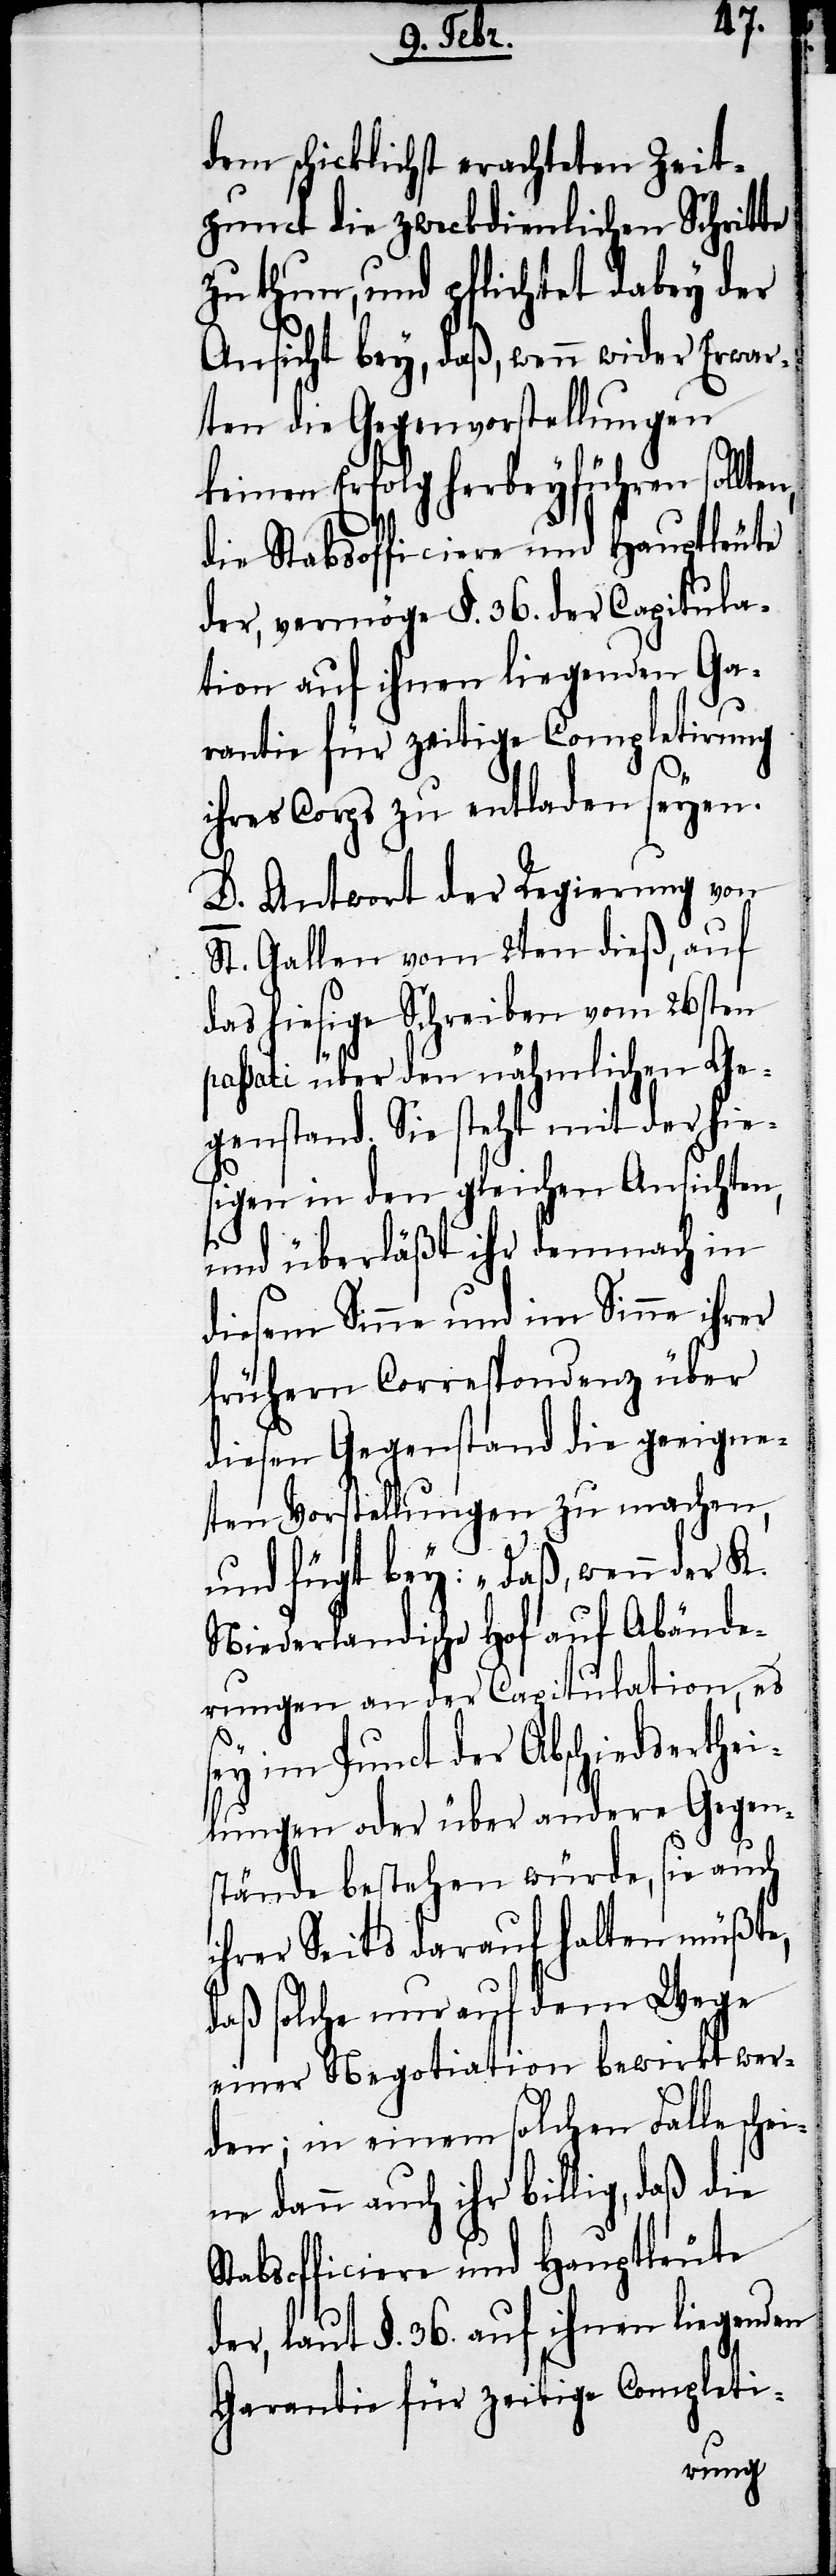
en,
dem schicklichst erachteten Zeit¬
punct die zweckdienlichen Schritte
zu thun, und pflichtet dabey der
Ansicht bey, daß, wenn wider Erwar¬
ten die Gegenvorstellungen
keinen Erfolg herbeyführen sollt¬
die Stabsofficiere und Hauptleute
der, vermöge §. 36. der Capitula¬
tion auf ihnen liegenden Ga¬
rantie für zeitige Completirung
ihrer Corps zu entladen seyen.
D. Antwort der Regierung von
St. Gallen vom 2ten dieß, auf
das hiesige Schreiben vom 26sten
passati über den nähmlichen Ge¬
genstand. Sie steht mit der hie¬
sigen in den gleichen Ansichten,
und überläßt ihr demnach in
diesem Sinne und im Sinne ihrer
frühern Correspondenz über
diesen Gegenstand die geeigne¬
ten Vorstellungen zu machen,
und fügt bey: „Daß, wenn der K.
Niederländische Hof auf Abände¬
rungen an der Capitulation, es
sey im Punct der Abschiedserthei¬
lungen oder über andere Gegen¬
stände bestehen würde, sie auch
ihrer Seits darauf halten müßte,
daß solche nur auf dem Wege
einer Negotiation bewirkt wer¬
den; in einem solchen Falle sche¬
ine dann auch ihr billig, daß die
Stabsofficiere und Hauptleute
der, laut §. 36. auf ihnen liegenden
Garantie für zeitige Completi-